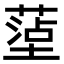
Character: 𫮤